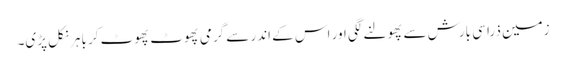
زمین ذرا سی بارش سے پھولنے لگی اور اس کے اندر سے گرمی پھوٹ پھوٹ کر باہر نکل پڑی۔